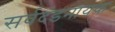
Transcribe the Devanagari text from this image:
सर्वदंडनायक